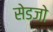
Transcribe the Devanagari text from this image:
सेडजो